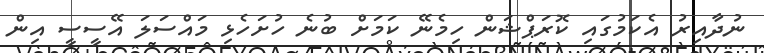
ނުދާއިރު އެކަމުގައި ކޮރަޕްޝަން ހިމެނޭ ކަމަށް ބުނެ ހުށަހެޅި މައްސަލަ އޭސީސީ އިން